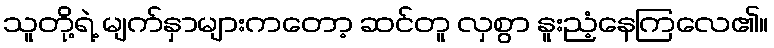
သူတို့ရဲ့ မျက်နှာများကတော့ ဆင်တူ လှစွာ နူးညံ့နေကြလေ၏။